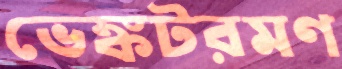
ভেঙ্কটরমণ